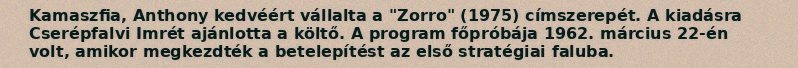
Kamaszfia, Anthony kedvéért vállalta a "Zorro" (1975) címszerepét. A kiadásra Cserépfalvi Imrét ajánlotta a költő. A program főpróbája 1962. március 22-én volt, amikor megkezdték a betelepítést az első stratégiai faluba.